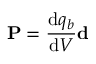
\mathbf { P } = { \frac { \mathrm { d } q _ { b } } { \mathrm { d } V } } \mathbf { d }